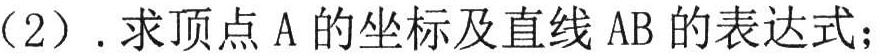
（2）.求顶点A的坐标及直线AB的表达式；